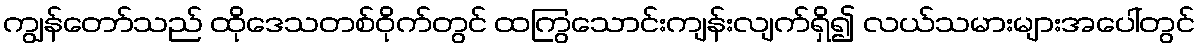
ကျွန်တော်သည် ထိုဒေသတစ်ဝိုက်တွင် ထကြွသောင်းကျန်းလျက်ရှိ၍ လယ်သမားများအပေါ်တွင်